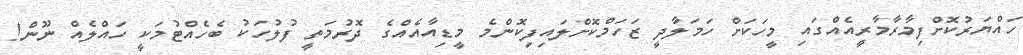
ހައްޔަރުކޮށްފިމާރާމާރީއެއްގައި މީހަކަށް ހަމަލާދީ ޒަހަމްކޮށްލައިފިކޮންމެ މީޑިއާއެއްގެ ދޮރުމަތީ ފުލުހަކު ބެހެއްޓުމަކީ ހައްލެއް ނޫން!